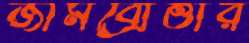
জামব্রোত্তার